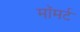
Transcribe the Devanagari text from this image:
मॉमर्ट